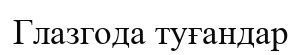
Глазгода туғандар